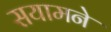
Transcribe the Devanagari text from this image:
सयामने